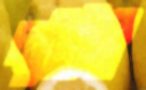
দক্ষিণী